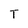
Character: T